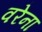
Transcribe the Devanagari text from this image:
वरेना